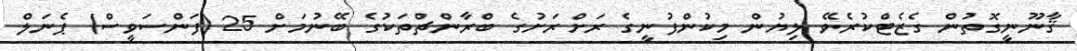
ޤާނޫނީގޮތުން ގެޒެޓްކުރެވޭ ލިޔުން މިކުންފުނީގެ ރަށްރަށުގެ ބްރާންޗްތަކުގެ ބޭނުމަށް 25 (ފަންސަވީސް) ޕެނަލް